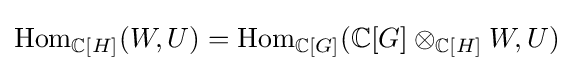
{\text{Hom}}_{\mathbb {C} [H]}(W,U)={\text{Hom}}_{\mathbb {C} [G]}(\mathbb {C} [G]\otimes _{\mathbb {C} [H]}W,U)